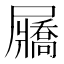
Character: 屫